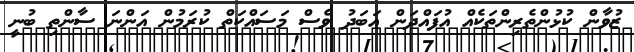
ޒުވާން ކުޅުންތެރިންތަކެއް އުފައްދަން އަބަދު ވެސް މަސައްކަތް ކުރަމުން އަންނަ ސާންތި ބުނީ